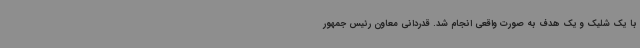
با یک شلیک و یک هدف به صورت واقعی انجام شد. قدردانی معاون رئیس جمهور